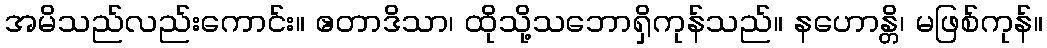
အမိသည်လည်းကောင်း။ ဧတာဒိသာ၊ ထိုသို့သဘောရှိကုန်သည်။ နဟောန္တိ၊ မဖြစ်ကုန်။